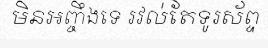
មិនអញ្ចឹងទេ រវល់តែទូរស័ព្ទ